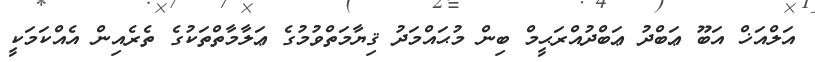
އަލްއަޚް އަބޫ ޢަބްދު ޢަބްދުއްރަޙީމް ބިން މުޙައްމަދު ޤިޔާމަތްވުމުގެ ޢަލާމާތްތަކުގެ ތެރެއިން އެއްކަމަކީ